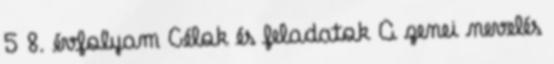
5 8. évfolyam Célok és feladatok A zenei nevelés